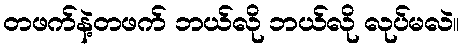
တဖက်နဲ့တဖက် ဘယ်လို ဘယ်လို လုပ်မလဲ။